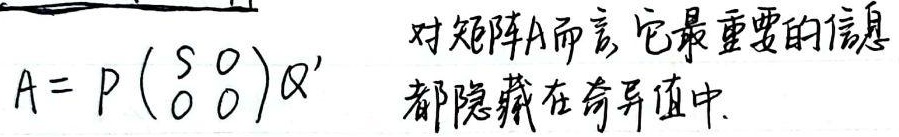
\(A = P\begin{pmatrix}S & 0\\0 & 0\end{pmatrix}Q^{\prime}\)。对矩阵\(A\)而言，它最重要的信息都隐藏在奇异值中。